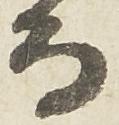
而